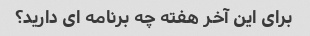
برای این آخر هفته چه برنامه ای دارید؟